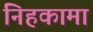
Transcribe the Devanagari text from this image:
निहकामा